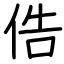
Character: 俈